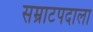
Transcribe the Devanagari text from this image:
सम्राटपदाला